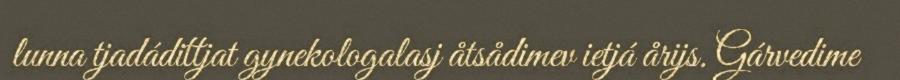
lunna tjadádittjat gynekologalasj åtsådimev ietjá årijs. Gárvedime